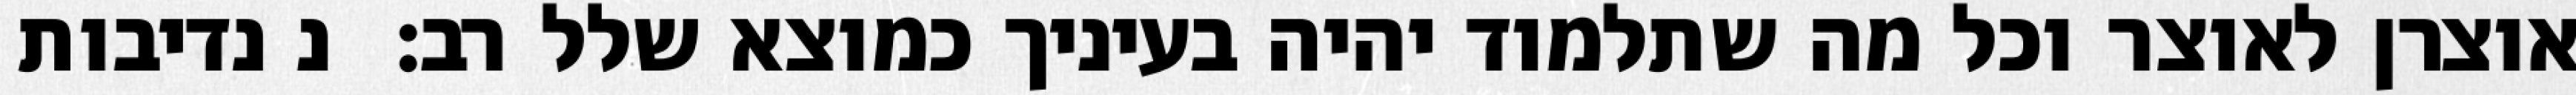
אוצרן לאוצר וכל מה שתלמוד יהיה בעיניך כמוצא שלל רב:  נ נדיבות